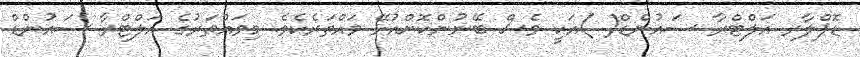
ޑޮޕްލާރ އަލްޓްރާ ސައުންޑް( )އަކީ ވެސް ބޭނުންކޮށްއުޅޭ ވައްތަރެކެވެ. މިވައްތަރުގެ އަލްޓްރާ ސައުންޑް